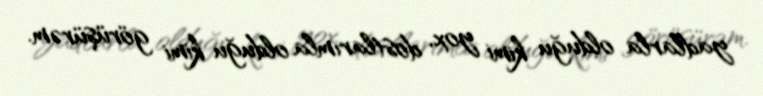
yadlarla olduğu kimi yox, dostlarımla olduğu kimi görüşürəm.